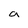
Character: a